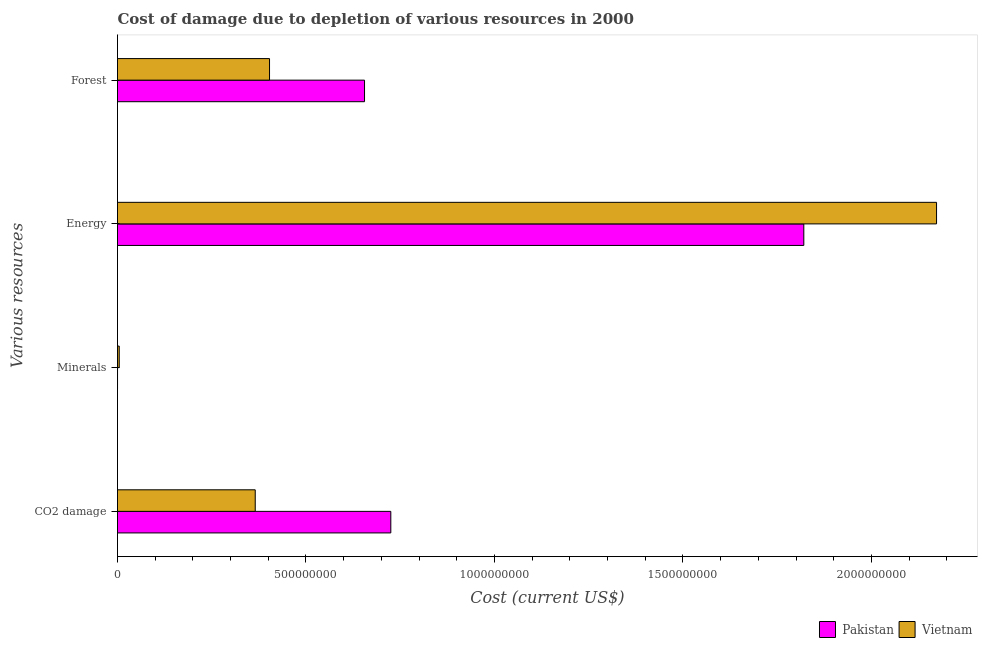
| Various resources | Pakistan | Vietnam |
 | --- | --- | --- |
 | CO2 damage | 7.25e+08 | 3.65e+08 |
 | Minerals | 5.47e+04 | 4.61e+06 |
 | Energy | 1.82e+09 | 2.17e+09 |
 | Forest | 6.55e+08 | 4.03e+08 |